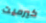
كيرميت